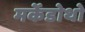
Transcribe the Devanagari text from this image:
मर्केडोथो